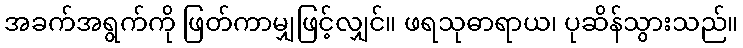
အခက်အရွက်ကို ဖြတ်ကာမျှဖြင့်လျှင်။ ဖရသုဓာရာယ၊ ပုဆိန်သွားသည်။